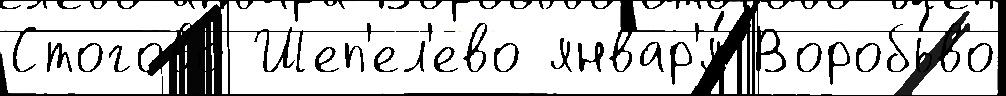
Стогово Шеп'ел'ево январ'я́ Воробь́во